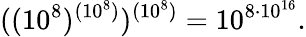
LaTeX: ((10^{8})^{(10^{8})})^{(10^{8})}=10^{8\cdot 10^{16}}.